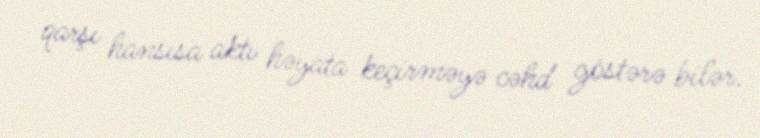
qarşı hansısa aktı həyata keçirməyə cəhd göstərə bilər.